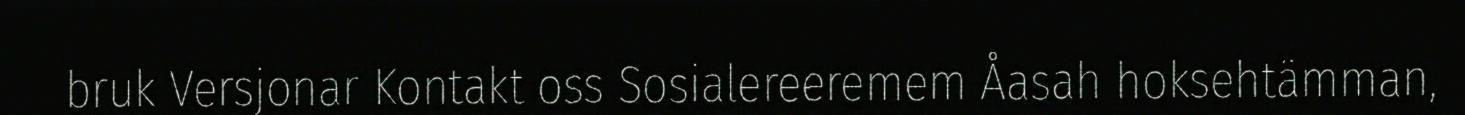
bruk Versjonar Kontakt oss Sosialereeremem Åasah hoksehtämman,